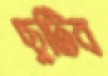
ছুটিব